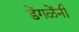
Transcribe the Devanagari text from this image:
डेंगळेंनी